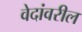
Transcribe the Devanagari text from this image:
वेदांवरील